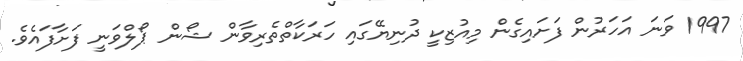
1997 ވަނަ އަހަރުން ފަށައިގެން މިއުޒިކީ ދުނިޔޭގައި ހަރަކާތްތެރިވާން ޝޯން ޕޯލްވަނީ ފަށާފައެވެ.